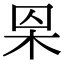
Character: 𣐮